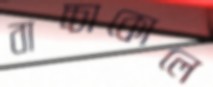
বাচ্চাকোলে